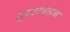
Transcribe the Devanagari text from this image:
तुळसाबाईंचा